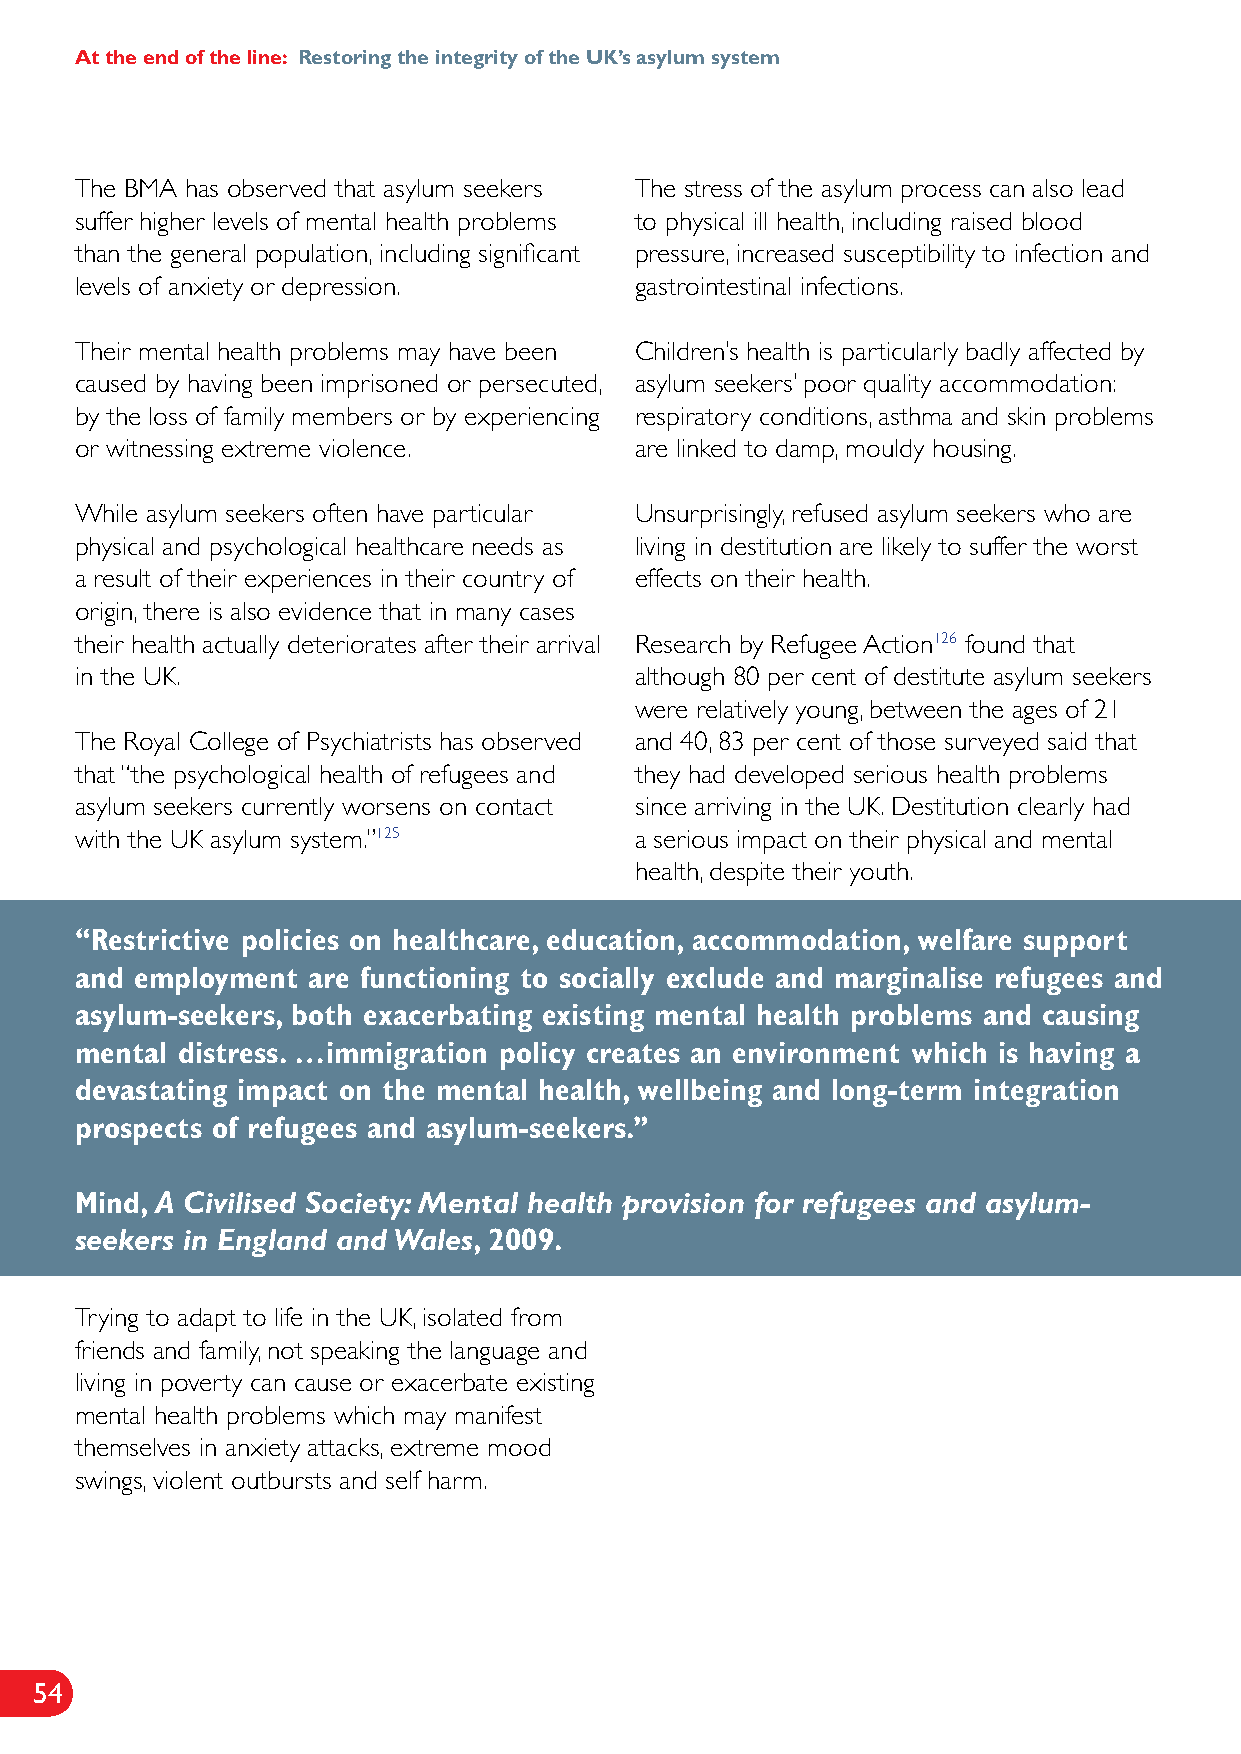
At the end of the line: Restoring the integrity of the UK’s asylum system
 The BMA has observed that asylum seekers The stress of the asylum process can also lead
 suffer higher levels of mental health problems to physical ill health, including raised blood
 than the general population, including significant pressure, increased susceptibility to infection and
 levels of anxiety or depression.     gastrointestinal infections.
 Their mental health problems may have been Children’s health is particularly badly affected by
 caused by having been imprisoned or persecuted, asylum seekers’ poor quality accommodation:
 by the loss of family members or by experiencing respiratory conditions, asthma and skin problems
 or witnessing extreme violence.      are linked to damp, mouldy housing.
 While asylum seekers often have particular Unsurprisingly, refused asylum seekers who are
 physical and psychological healthcare needs as living in destitution are likely to suffer the worst
 a result of their experiences in their country of effects on their health.
 origin, there is also evidence that in many cases
 their health actually deteriorates after their arrival Research by Refugee Action126 found that
 in the UK.                           although 80 per cent of destitute asylum seekers
 were relatively young, between the ages of 21
 The Royal College of Psychiatrists has observed and 40, 83 per cent of those surveyed said that
 that “the psychological health of refugees and they had developed serious health problems
 asylum seekers currently worsens on contact since arriving in the UK. Destitution clearly had
 with the UK asylum system.”125       a serious impact on their physical and mental
 health, despite their youth.
 “Restrictive policies on healthcare, education, accommodation, welfare support
 and employment are functioning to socially exclude and marginalise refugees and
 asylum-seekers, both exacerbating existing mental health problems and causing
 mental distress. …immigration policy creates an environment which is having a
 devastating impact on the mental health, wellbeing and long-term integration
 prospects of refugees and asylum-seekers.”
 Mind, A Civilised Society: Mental health provision for refugees and asylum-
 seekers in England and Wales, 2009.
 Trying to adapt to life in the UK, isolated from
 friends and family, not speaking the language and
 living in poverty can cause or exacerbate existing
 mental health problems which may manifest
 themselves in anxiety attacks, extreme mood
 swings, violent outbursts and self harm.
 54